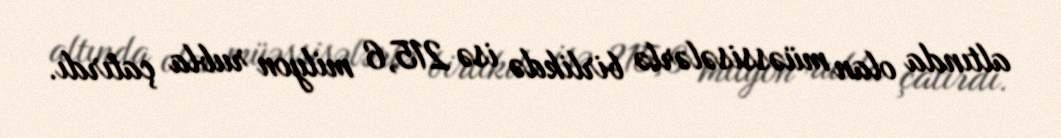
altında olan müəssisələrlə birlikdə isə 215,6 milyon rubla çatırdı.